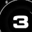
Digit: 3